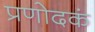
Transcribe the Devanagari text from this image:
प्रणोदकं